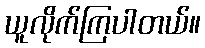
ယူလိုက်ကြပါတယ်။